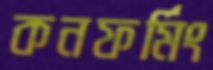
কনফর্মিং